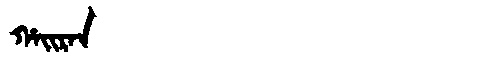
Manchu: ᡥᠠᡳᡵᠠᠨ
Romanization: HAIRAN